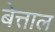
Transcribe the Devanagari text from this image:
बेत्ताल